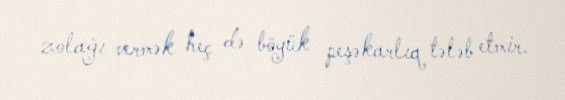
zolağı vermək heç də böyük peşəkarlıq tələb etmir.